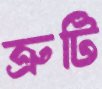
ত্রুটি